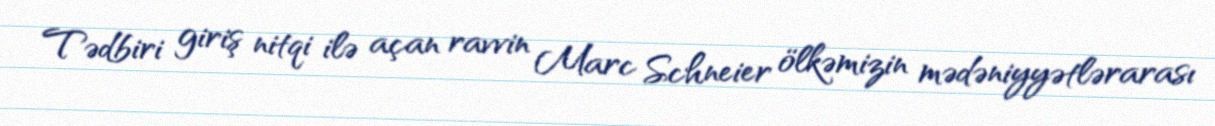
Tədbiri giriş nitqi ilə açan ravvin Marc Schneier ölkəmizin mədəniyyətlərarası